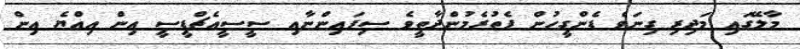
މާލޭގައި މަދިރި ގިނަވެ ޑެންގީހުން ފެތުރެމުންދާތީވެ ސިފައިންނާއި ސީސީއެޗްޑީސީ އިން އިއްޔެ އިން